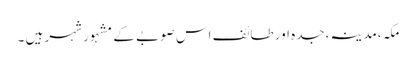
مکہ،مدینہ،جدہ اور طائف اس صوبے کے مشہور شہر ہیں ۔